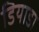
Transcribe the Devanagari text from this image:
डियाडा